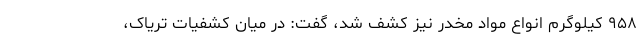
۹۵۸ کیلوگرم انواع مواد مخدر نیز کشف شد، گفت: در میان کشفیات تریاک،